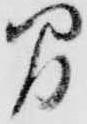
間